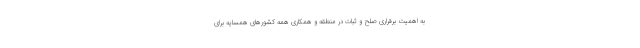
به اهمیت برقراری صلح و ثبات در منطقه و همکاری همه کشورهای همسایه برای